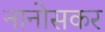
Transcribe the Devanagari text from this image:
नानोसकर